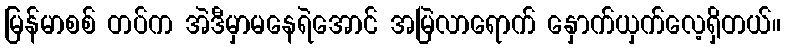
မြန်မာစစ် တပ်က အဲဒီမှာမနေရဲအောင် အမြဲလာရောက် နှောက်ယှက်လေ့ရှိတယ်။